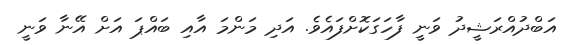
އަބްދުއްރަޝީދު ވަނީ ފާހަގަކޮށްފައެވެ. އަދި މަންމަ އާއި ބައްޕަ އަށް އޭނާ ވަނީ